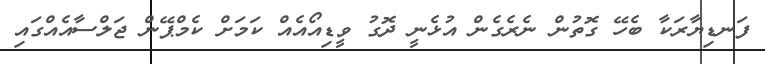
ފަނޑިޔާރަކާ ބެހޭ ގޮތުން ނެރެގެން އުޅެނީ ދޮގު ވީޑިއޯއެއް ކަމަށް ކެމްޕޭން ޖަލްސާއެއްގައި